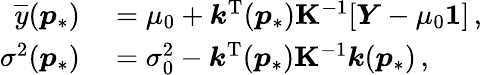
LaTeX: \begin{array}{rl}{\overline{{y}}(\boldsymbol{p}_{\ast})}&{{}=\mu_{0}+\boldsymbol{k}^{\mathrm{T}}(\boldsymbol{p}_{\ast})\mathbf{K}^{-1}[\boldsymbol{Y}-\mu_{0}\boldsymbol{1}]\, ,}\\ {\sigma^{2}(\boldsymbol{p}_{\ast})}&{{}=\sigma_{0}^{2}-\boldsymbol{k}^{\mathrm{T}}(\boldsymbol{p}_{\ast})\mathbf{K}^{-1}\boldsymbol{k}(\boldsymbol{p}_{\ast})\, ,}\end{array}